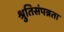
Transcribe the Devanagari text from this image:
श्रुतिसंपन्नता